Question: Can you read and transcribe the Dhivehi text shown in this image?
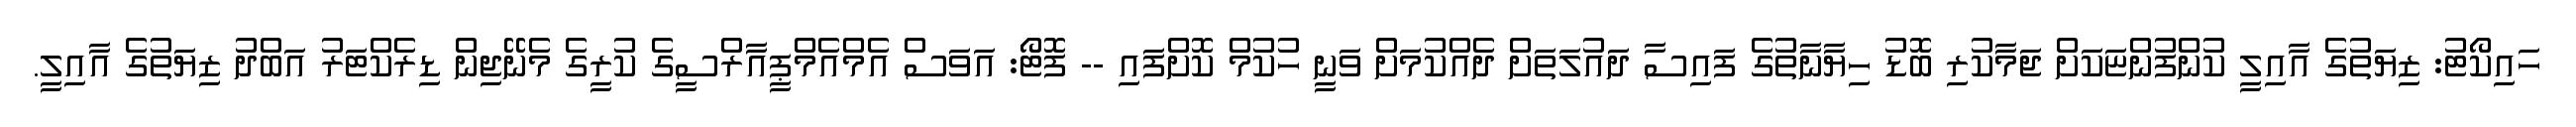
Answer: ހައިކޯޓު: ޒިޔަތުގެ އާއިލީ ކުންފުންޏަކަށް ޖަމާކުރި ބޮޑު ހިޔާނާތުގެ ފައިސާ ދައުލަތަށް ދެއްކުމަށް ވަނީ ހުކުމް ކޮށްފައި -- ފޮޓޯ: އަވަސް އެމްއެމްޕީއާރްސީގެ ކުރީގެ މެނޭޖިން ޑިރެކްޓަރު އަބްދު ޒިޔަތުގެ އާއިލީ.